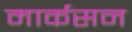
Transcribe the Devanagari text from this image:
मार्कसन